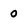
Character: 0